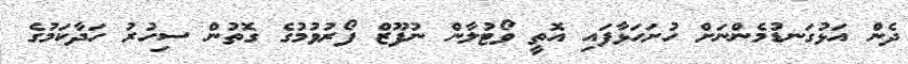
ދެން އަޅުގަނޑުމެންނަށް ހުށަހަޅާފައި އޮތީ ވޯޓުލާން ނުފޫޒް ފޯރުވުމުގެ ގޮތުން ސިހުރު ހަދާކަމުގެ